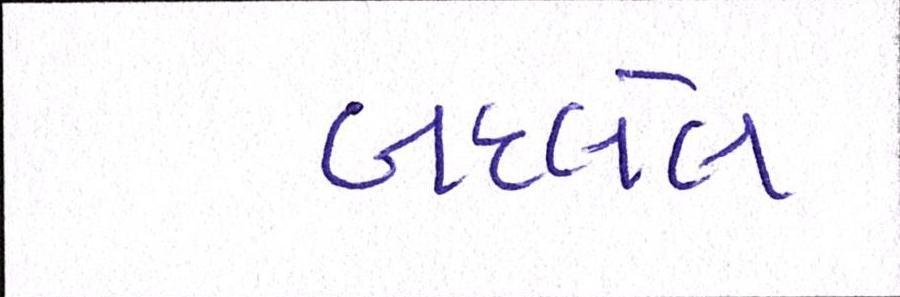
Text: બદલેલ